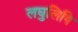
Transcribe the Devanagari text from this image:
लघुलिपि